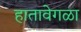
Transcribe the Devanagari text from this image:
हातावेगळा